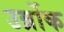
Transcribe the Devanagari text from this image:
उर्ब्रोक